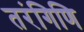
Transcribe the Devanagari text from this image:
तरंगिणि